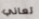
تعاني